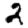
Digit: 2